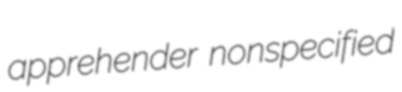
apprehender nonspecified